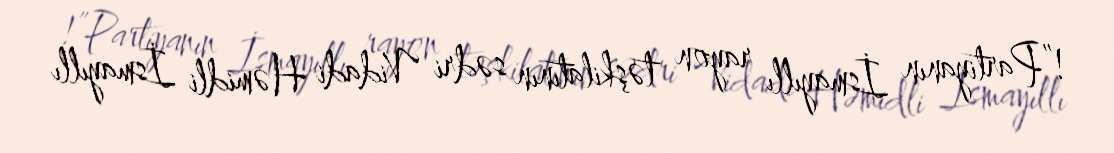
!”Partiyanın İsmayıllı rayon təşkilatının sədri Vidadi Həmidli İsmayıllı